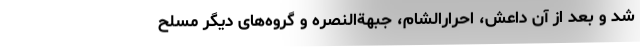
شد و بعد از آن داعش، احرارالشام، جبهة‌النصره و گروه‌های دیگر مسلح